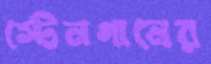
স্টেনগানের